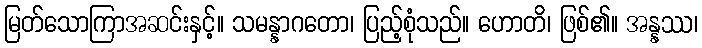
မြတ်သောကြာအဆင်းနှင့်။ သမန္နာဂတော၊ ပြည့်စုံသည်။ ဟောတိ၊ ဖြစ်၏။ အန္နဿ၊